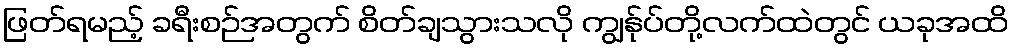
ဖြတ်ရမည့် ခရီးစဉ်အတွက် စိတ်ချသွားသလို ကျွန်ုပ်တို့လက်ထဲတွင် ယခုအထိ